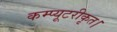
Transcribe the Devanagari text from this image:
कम्प्यूटरीकृत।